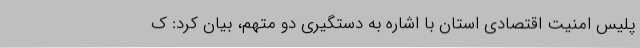
پلیس امنیت اقتصادی استان با اشاره به دستگیری دو متهم، بیان کرد: ک